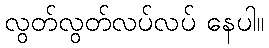
လွတ်လွတ်လပ်လပ် နေပါ။